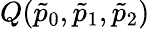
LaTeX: Q(\tilde{p}_{0},\tilde{p}_{1},\tilde{p}_{2})